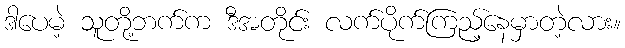
ဒါပေမဲ့ သူတို့ဘက်က ဒီအတိုင်း လက်ပိုက်ကြည့်နေမှာတဲ့လား။